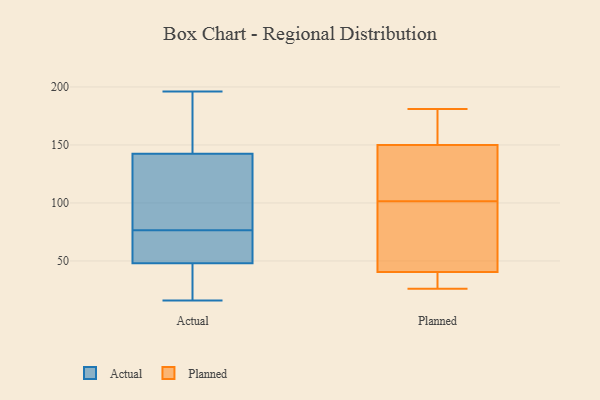
{"axis": {"x": "Backlog", "y": "Value"}, "legend": ["Actual", "Planned"], "data": [{"x": "", "y": 16, "type": "Actual"}, {"x": "", "y": 107, "type": "Actual"}, {"x": "", "y": 19, "type": "Actual"}, {"x": "", "y": 44, "type": "Actual"}, {"x": "", "y": 196, "type": "Actual"}, {"x": "", "y": 63, "type": "Actual"}, {"x": "", "y": 143, "type": "Actual"}, {"x": "", "y": 169, "type": "Actual"}, {"x": "", "y": 52, "type": "Actual"}, {"x": "", "y": 142, "type": "Actual"}, {"x": "", "y": 90, "type": "Actual"}, {"x": "", "y": 54, "type": "Actual"}, {"x": "", "y": 144, "type": "Planned"}, {"x": "", "y": 101, "type": "Planned"}, {"x": "", "y": 156, "type": "Planned"}, {"x": "", "y": 142, "type": "Planned"}, {"x": "", "y": 102, "type": "Planned"}, {"x": "", "y": 37, "type": "Planned"}, {"x": "", "y": 175, "type": "Planned"}, {"x": "", "y": 26, "type": "Planned"}, {"x": "", "y": 42, "type": "Planned"}, {"x": "", "y": 97, "type": "Planned"}, {"x": "", "y": 100, "type": "Planned"}, {"x": "", "y": 141, "type": "Planned"}, {"x": "", "y": 181, "type": "Planned"}, {"x": "", "y": 39, "type": "Planned"}, {"x": "", "y": 171, "type": "Planned"}, {"x": "", "y": 36, "type": "Planned"}]}